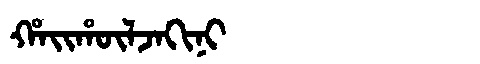
Manchu: ᡥᠠᡳᡥᡡᠯᠵᠠᡴᡳᠨᡳ
Romanization: HAIHŪLJAKINI